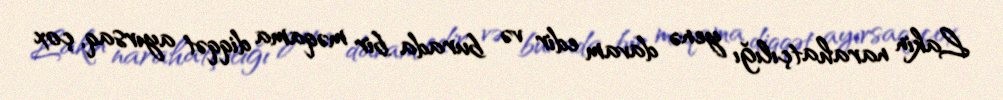
Lakin narahatçılığı yenə davam edir və burada bir məqama diqqət ayırsaq, çox